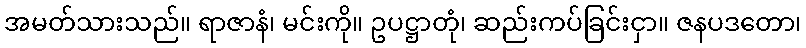
အမတ်သားသည်။ ရာဇာနံ၊ မင်းကို။ ဥပဋ္ဌာတုံ၊ ဆည်းကပ်ခြင်းငှာ။ ဇနပဒတော၊